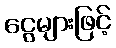
ငွေများဖြင့်